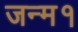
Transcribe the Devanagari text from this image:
जन्म१